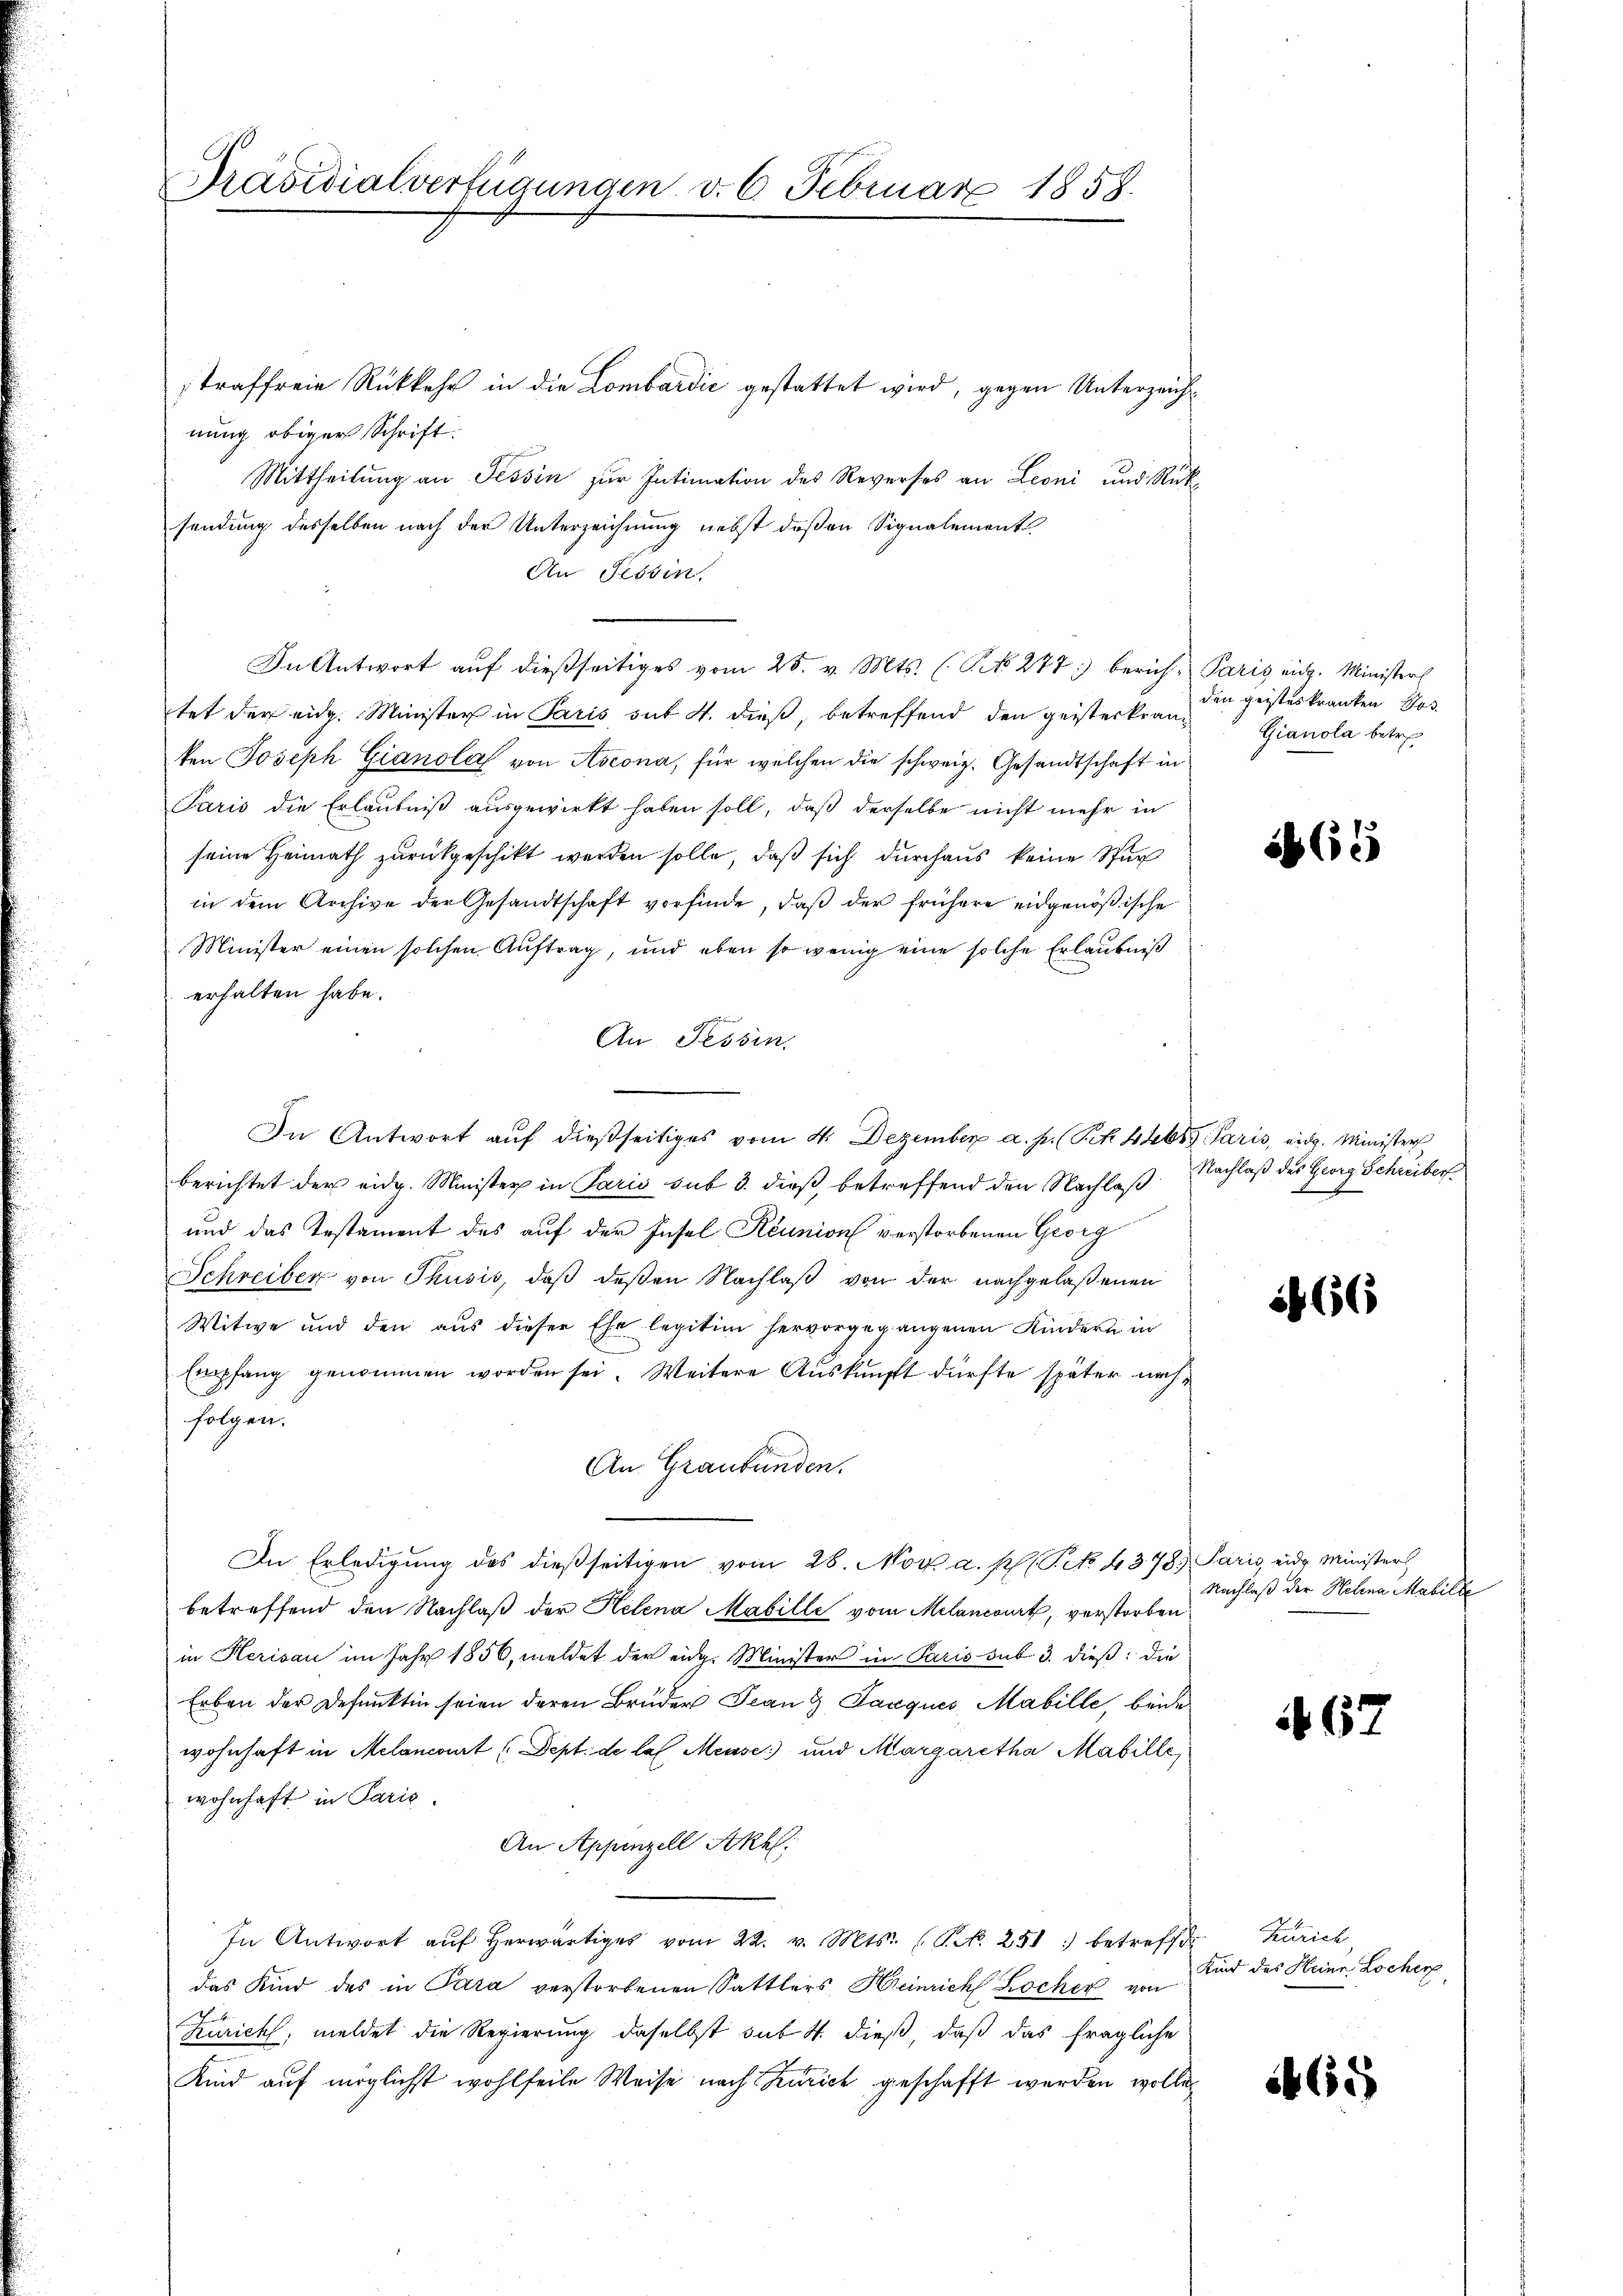
Präsidialverfügungen d. 6. Februar 1858.

traffreie Rückkehr in die Lombardić gestattet wird, gegen Unterzeichnung obiger Schrift:
Mittheilung an Tessin zur Intimation des Reverses an Leoni und Rüksendung desselben nach der Unterzeichnung nebst deßen Signalement
An Tessin,
In Antwort auf dießseitiges vom 25. v. Mts. ( No 277) berich, Paris eidg. Ministers
tet der eidg. Minister in Paris sit 4. dieß, betreffend den geisterkranken Joseph Gianola von Ascona, für welchen die schweiz. Gesandtschaft in
Paris die Erlaubniß ausgewirkt haben soll, daß derselbe nicht mehr in
seine Heimath zurückgeschikt werden solle, daß sich durchaus keine Stur
in dem Archive der Gesandtschaft vorfinde, daβ der frühere eidgenößische
Minister einen solchen Auftrag, und eben so wenig eine solche Erlaubniß
erhalten habe.
An Tessin,
In Antwort auf dießseitiges vom 4. Dezember a. p. (S. 44655. Paris, eidg. Minister
berichtet der eidg. Minister in Paris sub 3. dieß, betreffend den Nachlaß
und das Testament des auf der Insel Réunion verstorbenen Georg
Schreiben von Thusis, daß deßen Nachlaß von der nachgelaßenen
Witwe und den aŭs dieser Ehe legitim hervorgegangenen Kindern in
Empfang genommen worden sei. Weitere Auskunft dürfte später nachfolgen.
An Graubünden.
In Erledigŭng des dießseitigen vom 28. Nov. a. p. T. 4378) Paris eide Ministers
betreffend den Nachlaß der Helena Mabille vom Melancourt, verstorben
in Herisau im Jahr 1856, weldet der eidg. Minister in Paris sub 3. dieß: die
Erben der Defunkten seien deren Brüder Franz Parques Mabille, beide
wohnhaft in Melancourt (Dept. de las Meuses) und Margaretha Mabille,
wohnhaft in Paris
An Appenzell Stkhl:
In Antwort aŭf herwärtiges vom 22. v. Mts. (T. No. 251: betreffe
das Kind des in Para verstorbenen Sattlers, Heinrich Locher von
Zürich, meldet die Regierung daselbst sub 4. dieß, daß das fragliche
Kind auf möglichst wohlfeile Weise nach Zürich geschafft werden wolle,

den geisteskranken Kos
Gianola betre

56 (15

Nachlaß des Georg Schreiber
F

656

Nachlaß der Helena Mabille

No. 62

Zürich
Kind des Heine Locher

65